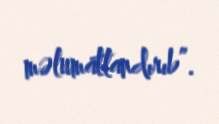
məlumatlandırıb”.